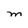
Character: M